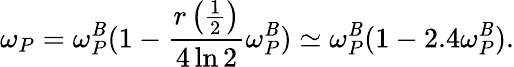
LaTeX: \omega_{P}=\omega_{P}^{\mathit{B}}(1-\frac{{r\left(\frac{1}{2}\right)}}{{4\ln2}}\omega_{P}^{\mathit{B}})\simeq\omega_{P}^{\mathit{B}}(1-2.4\omega_{P}^{\mathit{B}}).